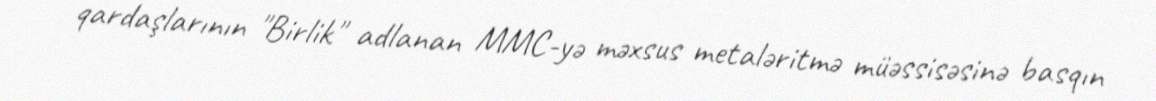
qardaşlarının "Birlik" adlanan MMC-yə məxsus metaləritmə müəssisəsinə basqın